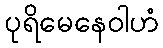
ပုရိမေနေဝါဟံ